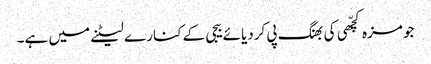
جو مزہ کچّھی کی بھنگ پی کردیائے بیجی کے کنارے لیٹنے میں ہے۔